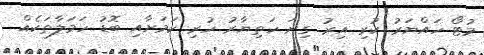
މުޓޯ ހައްޔަރު ކުރި އިރު ގިނަ ހަތިޔާރު ހުރި ކަމަށާއި ބޮޑު ހަމަލާތަކެއް